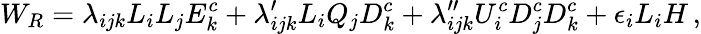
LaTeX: W_{R}=\lambda_{ijk}L_{i}L_{j}E_{k}^{c}+\lambda_{ijk}^{\prime}L_{i}Q_{j}D_{k}^{c}+\lambda_{ijk}^{\prime\prime}U_{i}^{c}D_{j}^{c}D_{k}^{c}+\epsilon_{i}L_{i}H\, ,